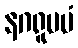
နဂရူပမံ